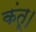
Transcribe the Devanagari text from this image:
कंतू।